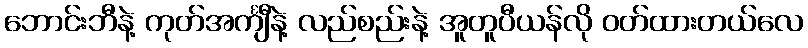
ဘောင်းဘီနဲ့ ကုတ်အင်္ကျီနဲ့ လည်စည်းနဲ့ အူတူပီယန်လို ဝတ်ထားတယ်လေ